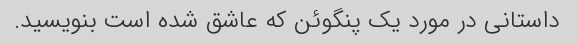
داستانی در مورد یک پنگوئن که عاشق شده است بنویسید.